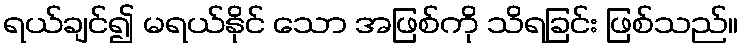
ရယ်ချင်၍ မရယ်နိုင် သော အဖြစ်ကို သိရခြင်း ဖြစ်သည်။